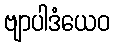
ဗျာပါဒံယေဝ